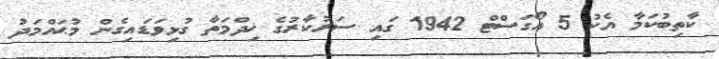
ކާތިބުކަމާ އެކު 5 އޯގަސްޓް 1942 ގައި ސަރުކާރުގެ ޚިދްމަތާ ގުޅިވަޑައިގެން މުޙައްމަދު